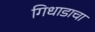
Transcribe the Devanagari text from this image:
गिधाडाचा